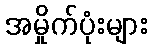
အမှိုက်ပုံးများ